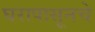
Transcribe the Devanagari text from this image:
घरापासूनचे